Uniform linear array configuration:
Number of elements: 24
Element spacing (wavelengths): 0.5
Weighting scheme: exponential
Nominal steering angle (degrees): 0
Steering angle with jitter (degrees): -0.5805
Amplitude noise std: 0.05
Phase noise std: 0.05

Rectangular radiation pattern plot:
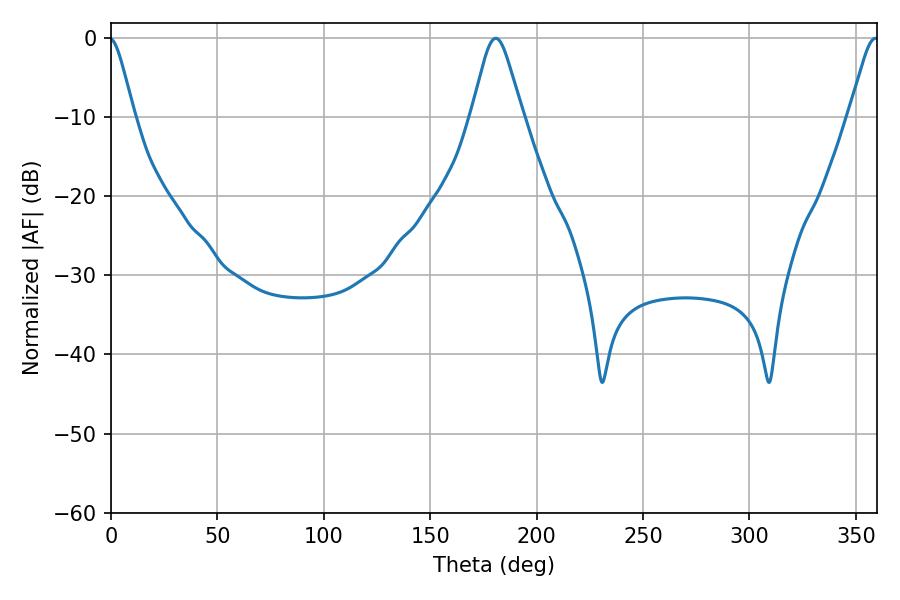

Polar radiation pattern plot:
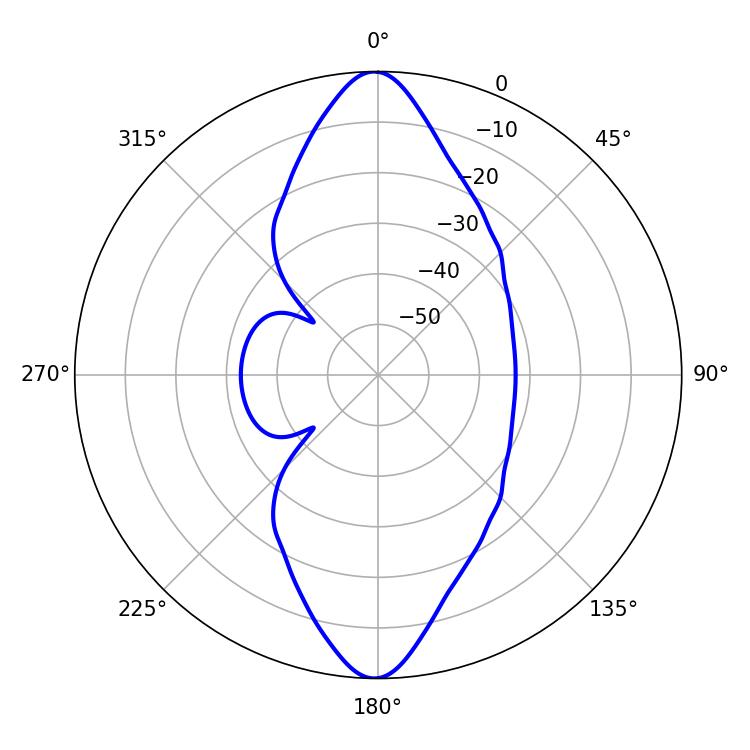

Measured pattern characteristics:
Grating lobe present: FALSE
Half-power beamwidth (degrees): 11.52
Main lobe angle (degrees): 180.72